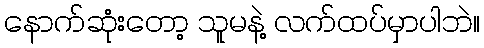
နောက်ဆုံးတော့ သူမနဲ့ လက်ထပ်မှာပါဘဲ။